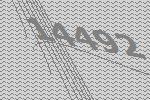
14492